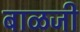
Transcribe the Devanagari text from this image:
बाळजी